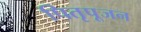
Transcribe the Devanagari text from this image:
पितृपूजन